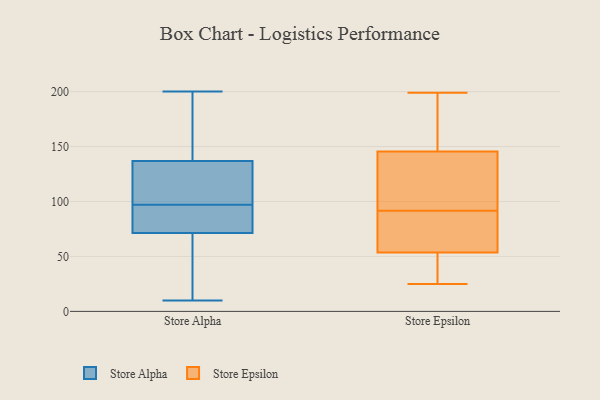
{"axis": {"x": "Conversion Rate (%)", "y": "Value"}, "legend": ["Store Alpha", "Store Epsilon"], "data": [{"x": "", "y": 13, "type": "Store Alpha"}, {"x": "", "y": 200, "type": "Store Alpha"}, {"x": "", "y": 35, "type": "Store Alpha"}, {"x": "", "y": 68, "type": "Store Alpha"}, {"x": "", "y": 123, "type": "Store Alpha"}, {"x": "", "y": 83, "type": "Store Alpha"}, {"x": "", "y": 10, "type": "Store Alpha"}, {"x": "", "y": 87, "type": "Store Alpha"}, {"x": "", "y": 97, "type": "Store Alpha"}, {"x": "", "y": 91, "type": "Store Alpha"}, {"x": "", "y": 170, "type": "Store Alpha"}, {"x": "", "y": 136, "type": "Store Alpha"}, {"x": "", "y": 132, "type": "Store Alpha"}, {"x": "", "y": 169, "type": "Store Alpha"}, {"x": "", "y": 81, "type": "Store Alpha"}, {"x": "", "y": 19, "type": "Store Alpha"}, {"x": "", "y": 137, "type": "Store Alpha"}, {"x": "", "y": 133, "type": "Store Alpha"}, {"x": "", "y": 199, "type": "Store Alpha"}, {"x": "", "y": 76, "type": "Store Epsilon"}, {"x": "", "y": 178, "type": "Store Epsilon"}, {"x": "", "y": 188, "type": "Store Epsilon"}, {"x": "", "y": 131, "type": "Store Epsilon"}, {"x": "", "y": 199, "type": "Store Epsilon"}, {"x": "", "y": 129, "type": "Store Epsilon"}, {"x": "", "y": 57, "type": "Store Epsilon"}, {"x": "", "y": 25, "type": "Store Epsilon"}, {"x": "", "y": 50, "type": "Store Epsilon"}, {"x": "", "y": 121, "type": "Store Epsilon"}, {"x": "", "y": 60, "type": "Store Epsilon"}, {"x": "", "y": 85, "type": "Store Epsilon"}, {"x": "", "y": 45, "type": "Store Epsilon"}, {"x": "", "y": 160, "type": "Store Epsilon"}, {"x": "", "y": 98, "type": "Store Epsilon"}, {"x": "", "y": 39, "type": "Store Epsilon"}]}